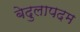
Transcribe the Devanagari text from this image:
बेदुलापदम